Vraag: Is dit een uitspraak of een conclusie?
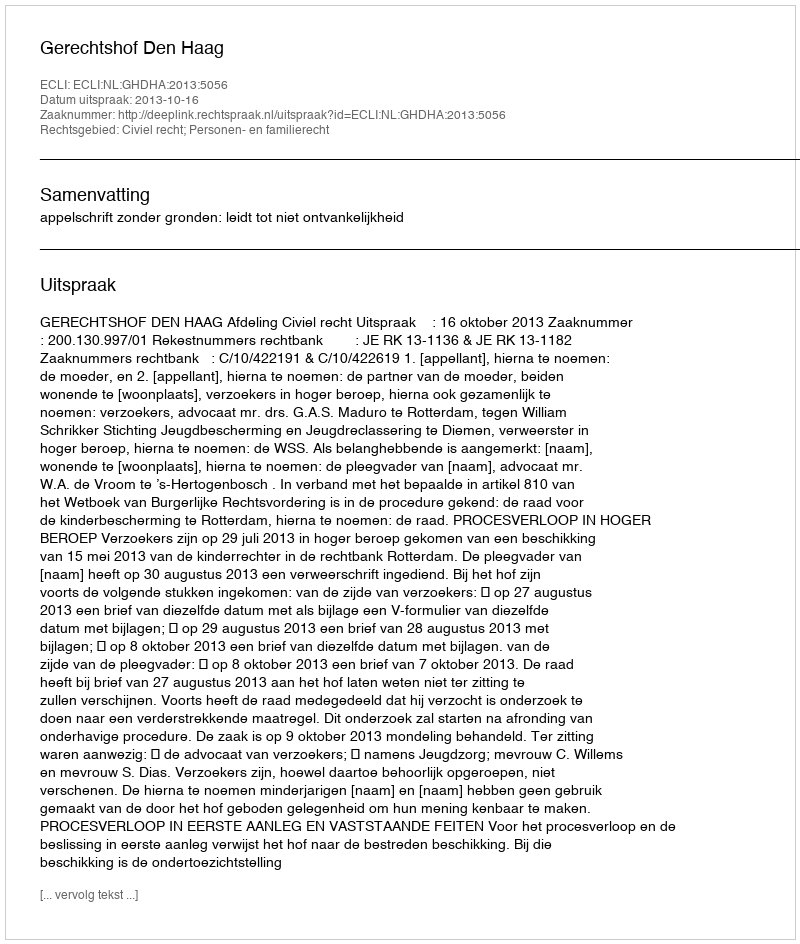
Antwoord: Uitspraak